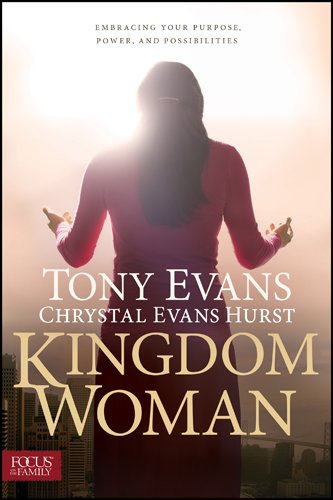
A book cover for Kingdom Woman: Embracing Your Purpose, Power, and Possibilities; Tony Evans; Christian Books & Bibles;